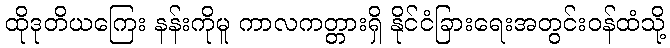
ထိုဒုတိယကြေး နန်းကိုမူ ကာလကတ္တားရှိ နိုင်ငံခြားရေးအတွင်းဝန်ထံသို့